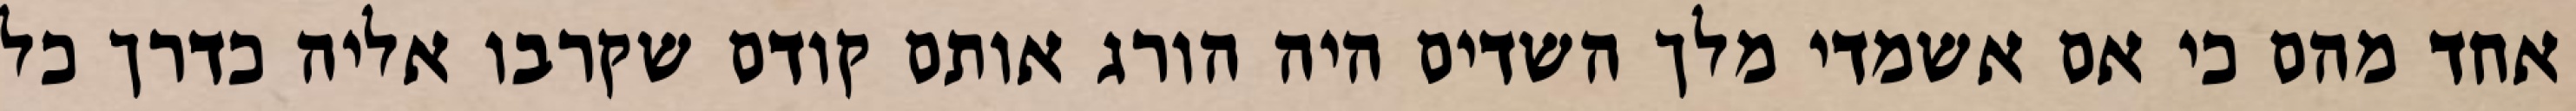
אחד מהם כי אם אשמדי‏ מלך השדים היה הורג אותם קודם שקרבו אליה כדרך כל